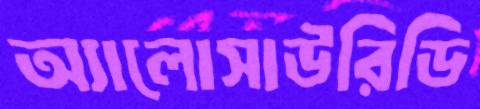
অ্যালোসাউরিডি